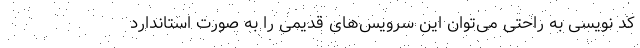
کد نویسی به راحتی می‌توان این سرویس‌های قدیمی را به صورت استاندارد